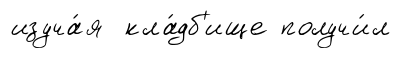
изуча́я кла́дб'ище получи́л